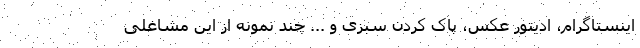
اینستاگرام، ادیتور عکس، پاک کردن سبزی و ... چند نمونه از این مشاغلی